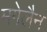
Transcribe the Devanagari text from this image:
मगेलैन